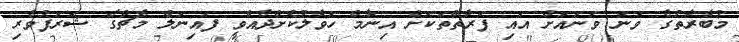
މުބާރާތުގެ ވަނަ ވަނައަށް އައި ފަރާތްތަކަށް އިނާމް ހަވާލުކޮށްދެއްވީ ފައިނަލް މެޗްގެ ޝަރަފުވެރި